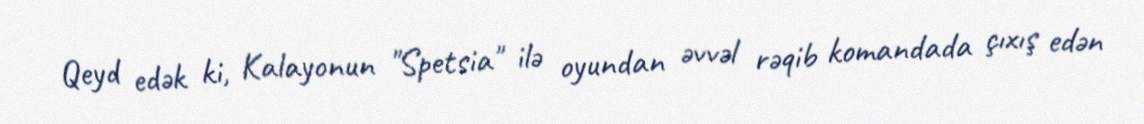
Qeyd edək ki, Kalayonun "Spetsia" ilə oyundan əvvəl rəqib komandada çıxış edən